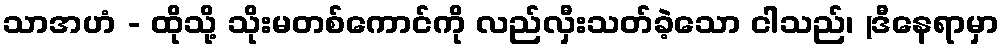
သာအဟံ - ထိုသို့ သိုးမတစ်ကောင်ကို လည်လှီးသတ်ခဲ့သော ငါသည်၊ (ဒီနေရာမှာ